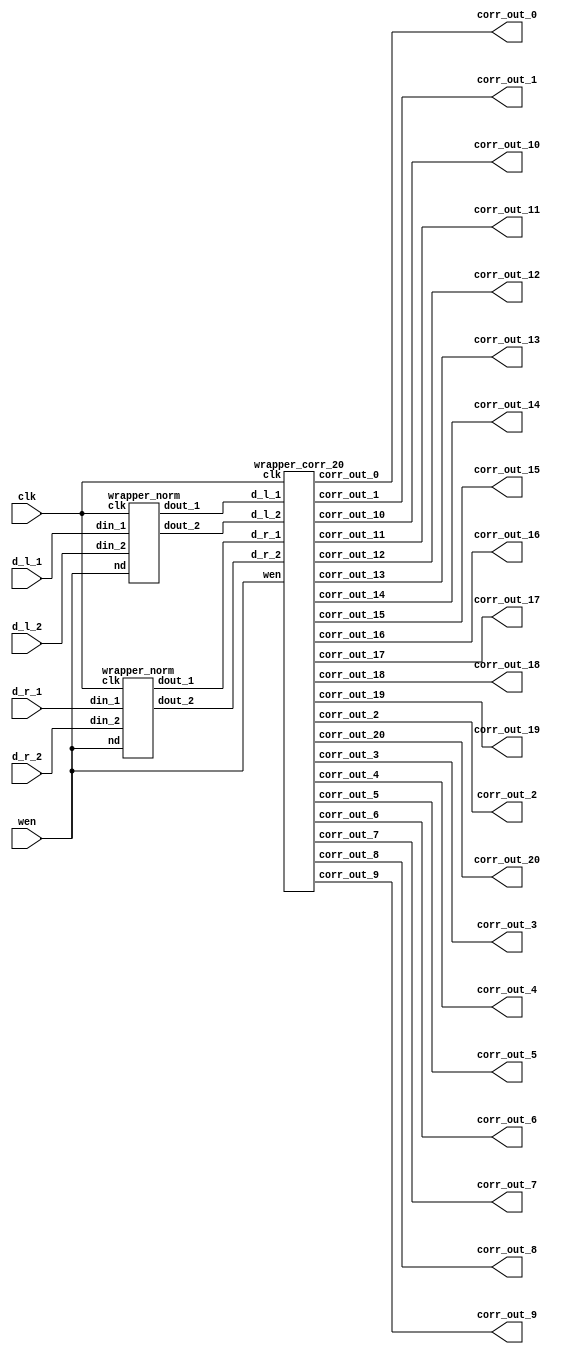

module wrapper_norm_corr_20 (clk, wen, d_l_1, d_l_2, d_r_1, d_r_2, corr_out_0, corr_out_1, corr_out_2, corr_out_3, corr_out_4, corr_out_5, corr_out_6, corr_out_7, corr_out_8, corr_out_9, corr_out_10, corr_out_11, corr_out_12, corr_out_13, corr_out_14, corr_out_15, corr_out_16, corr_out_17, corr_out_18, corr_out_19, corr_out_20);

   parameter sh_reg_w  = 4'b1000;
   input clk; 
   input wen; 
   input[15:0] d_l_1; 
   input[15:0] d_l_2; 
   input[15:0] d_r_1; 
   input[15:0] d_r_2; 
   output[2 * sh_reg_w - 1:0] corr_out_0; 
   wire[2 * sh_reg_w - 1:0] corr_out_0;
   output[2 * sh_reg_w - 1:0] corr_out_1; 
   wire[2 * sh_reg_w - 1:0] corr_out_1;
   output[2 * sh_reg_w - 1:0] corr_out_2; 
   wire[2 * sh_reg_w - 1:0] corr_out_2;
   output[2 * sh_reg_w - 1:0] corr_out_3; 
   wire[2 * sh_reg_w - 1:0] corr_out_3;
   output[2 * sh_reg_w - 1:0] corr_out_4; 
   wire[2 * sh_reg_w - 1:0] corr_out_4;
   output[2 * sh_reg_w - 1:0] corr_out_5; 
   wire[2 * sh_reg_w - 1:0] corr_out_5;
   output[2 * sh_reg_w - 1:0] corr_out_6; 
   wire[2 * sh_reg_w - 1:0] corr_out_6;
   output[2 * sh_reg_w - 1:0] corr_out_7; 
   wire[2 * sh_reg_w - 1:0] corr_out_7;
   output[2 * sh_reg_w - 1:0] corr_out_8; 
   wire[2 * sh_reg_w - 1:0] corr_out_8;
   output[2 * sh_reg_w - 1:0] corr_out_9; 
   wire[2 * sh_reg_w - 1:0] corr_out_9;
   output[2 * sh_reg_w - 1:0] corr_out_10; 
   wire[2 * sh_reg_w - 1:0] corr_out_10;
   output[2 * sh_reg_w - 1:0] corr_out_11; 
   wire[2 * sh_reg_w - 1:0] corr_out_11;
   output[2 * sh_reg_w - 1:0] corr_out_12; 
   wire[2 * sh_reg_w - 1:0] corr_out_12;
   output[2 * sh_reg_w - 1:0] corr_out_13; 
   wire[2 * sh_reg_w - 1:0] corr_out_13;
   output[2 * sh_reg_w - 1:0] corr_out_14; 
   wire[2 * sh_reg_w - 1:0] corr_out_14;
   output[2 * sh_reg_w - 1:0] corr_out_15; 
   wire[2 * sh_reg_w - 1:0] corr_out_15;
   output[2 * sh_reg_w - 1:0] corr_out_16; 
   wire[2 * sh_reg_w - 1:0] corr_out_16;
   output[2 * sh_reg_w - 1:0] corr_out_17; 
   wire[2 * sh_reg_w - 1:0] corr_out_17;
   output[2 * sh_reg_w - 1:0] corr_out_18; 
   wire[2 * sh_reg_w - 1:0] corr_out_18;
   output[2 * sh_reg_w - 1:0] corr_out_19; 
   wire[2 * sh_reg_w - 1:0] corr_out_19;
   output[2 * sh_reg_w - 1:0] corr_out_20; 
   wire[2 * sh_reg_w - 1:0] corr_out_20;

   wire[sh_reg_w - 1:0] d_l_1_nrm; 
   wire[sh_reg_w - 1:0] d_l_2_nrm; 
   wire[sh_reg_w - 1:0] d_r_1_nrm; 
   wire[sh_reg_w - 1:0] d_r_2_nrm; 

   wrapper_norm norm_inst_left(.clk(clk), .nd(wen), .din_1(d_l_1), .din_2(d_l_2), .dout_1(d_l_1_nrm), .dout_2(d_l_2_nrm)); 
   wrapper_norm  norm_inst_right(.clk(clk), .nd(wen), .din_1(d_r_1), .din_2(d_r_2), .dout_1(d_r_1_nrm), .dout_2(d_r_2_nrm)); 
   wrapper_corr_20 corr_20_inst(.clk(clk), .wen(wen), .d_l_1(d_l_1_nrm), .d_l_2(d_l_2_nrm), .d_r_1(d_r_1_nrm), .d_r_2(d_r_2_nrm), .corr_out_0(corr_out_0), .corr_out_1(corr_out_1), .corr_out_2(corr_out_2), .corr_out_3(corr_out_3), .corr_out_4(corr_out_4), .corr_out_5(corr_out_5), .corr_out_6(corr_out_6), .corr_out_7(corr_out_7), .corr_out_8(corr_out_8), .corr_out_9(corr_out_9), .corr_out_10(corr_out_10), .corr_out_11(corr_out_11), .corr_out_12(corr_out_12), .corr_out_13(corr_out_13), .corr_out_14(corr_out_14), .corr_out_15(corr_out_15), .corr_out_16(corr_out_16), .corr_out_17(corr_out_17), .corr_out_18(corr_out_18), .corr_out_19(corr_out_19), .corr_out_20(corr_out_20));
endmodule
module wrapper_corr_20 (clk, wen, d_l_1, d_l_2, d_r_1, d_r_2, corr_out_0, corr_out_1, corr_out_2, corr_out_3, corr_out_4, corr_out_5, corr_out_6, corr_out_7, corr_out_8, corr_out_9, corr_out_10, corr_out_11, corr_out_12, corr_out_13, corr_out_14, corr_out_15, corr_out_16, corr_out_17, corr_out_18, corr_out_19, corr_out_20);

   parameter sh_reg_w  = 4'b1000;
   input clk; 
   input wen; 
   input[7:0] d_l_1; 
   input[7:0] d_l_2; 
   input[7:0] d_r_1; 
   input[7:0] d_r_2; 
   output[2 * sh_reg_w - 1:0] corr_out_0; 
   reg[2 * sh_reg_w - 1:0] corr_out_0;
   output[2 * sh_reg_w - 1:0] corr_out_1; 
   reg[2 * sh_reg_w - 1:0] corr_out_1;
   output[2 * sh_reg_w - 1:0] corr_out_2; 
   reg[2 * sh_reg_w - 1:0] corr_out_2;
   output[2 * sh_reg_w - 1:0] corr_out_3; 
   reg[2 * sh_reg_w - 1:0] corr_out_3;
   output[2 * sh_reg_w - 1:0] corr_out_4; 
   reg[2 * sh_reg_w - 1:0] corr_out_4;
   output[2 * sh_reg_w - 1:0] corr_out_5; 
   reg[2 * sh_reg_w - 1:0] corr_out_5;
   output[2 * sh_reg_w - 1:0] corr_out_6; 
   reg[2 * sh_reg_w - 1:0] corr_out_6;
   output[2 * sh_reg_w - 1:0] corr_out_7; 
   reg[2 * sh_reg_w - 1:0] corr_out_7;
   output[2 * sh_reg_w - 1:0] corr_out_8; 
   reg[2 * sh_reg_w - 1:0] corr_out_8;
   output[2 * sh_reg_w - 1:0] corr_out_9; 
   reg[2 * sh_reg_w - 1:0] corr_out_9;
   output[2 * sh_reg_w - 1:0] corr_out_10; 
   reg[2 * sh_reg_w - 1:0] corr_out_10;
   output[2 * sh_reg_w - 1:0] corr_out_11; 
   reg[2 * sh_reg_w - 1:0] corr_out_11;
   output[2 * sh_reg_w - 1:0] corr_out_12; 
   reg[2 * sh_reg_w - 1:0] corr_out_12;
   output[2 * sh_reg_w - 1:0] corr_out_13; 
   reg[2 * sh_reg_w - 1:0] corr_out_13;
   output[2 * sh_reg_w - 1:0] corr_out_14; 
   reg[2 * sh_reg_w - 1:0] corr_out_14;
   output[2 * sh_reg_w - 1:0] corr_out_15; 
   reg[2 * sh_reg_w - 1:0] corr_out_15;
   output[2 * sh_reg_w - 1:0] corr_out_16; 
   reg[2 * sh_reg_w - 1:0] corr_out_16;
   output[2 * sh_reg_w - 1:0] corr_out_17; 
   reg[2 * sh_reg_w - 1:0] corr_out_17;
   output[2 * sh_reg_w - 1:0] corr_out_18; 
   reg[2 * sh_reg_w - 1:0] corr_out_18;
   output[2 * sh_reg_w - 1:0] corr_out_19; 
   reg[2 * sh_reg_w - 1:0] corr_out_19;
   output[2 * sh_reg_w - 1:0] corr_out_20; 
   reg[2 * sh_reg_w - 1:0] corr_out_20;

   wire[sh_reg_w - 1:0] out_r1; 
   wire[sh_reg_w - 1:0] out_01; 

   wire[sh_reg_w - 1:0] out_11; 
   wire[sh_reg_w - 1:0] out_21; 
   wire[sh_reg_w - 1:0] out_31; 
   wire[sh_reg_w - 1:0] out_41; 
   wire[sh_reg_w - 1:0] out_51; 
   wire[sh_reg_w - 1:0] out_61; 
   wire[sh_reg_w - 1:0] out_71; 
   wire[sh_reg_w - 1:0] out_81; 
   wire[sh_reg_w - 1:0] out_91; 
   wire[sh_reg_w - 1:0] out_101; 
   wire[sh_reg_w - 1:0] out_111; 
   wire[sh_reg_w - 1:0] out_121; 
   wire[sh_reg_w - 1:0] out_131; 
   wire[sh_reg_w - 1:0] out_141; 
   wire[sh_reg_w - 1:0] out_151; 
   wire[sh_reg_w - 1:0] out_161; 
   wire[sh_reg_w - 1:0] out_171; 
   wire[sh_reg_w - 1:0] out_181; 
   wire[sh_reg_w - 1:0] out_191; 
   wire[sh_reg_w - 1:0] out_201; 
   wire[sh_reg_w - 1:0] out_r2; 
   wire[sh_reg_w - 1:0] out_02; 
   wire[sh_reg_w - 1:0] out_12; 
   wire[sh_reg_w - 1:0] out_22; 
   wire[sh_reg_w - 1:0] out_32; 
   wire[sh_reg_w - 1:0] out_42; 
   wire[sh_reg_w - 1:0] out_52; 
   wire[sh_reg_w - 1:0] out_62; 
   wire[sh_reg_w - 1:0] out_72; 
   wire[sh_reg_w - 1:0] out_82; 
   wire[sh_reg_w - 1:0] out_92; 
   wire[sh_reg_w - 1:0] out_102; 
   wire[sh_reg_w - 1:0] out_112; 
   wire[sh_reg_w - 1:0] out_122; 
   wire[sh_reg_w - 1:0] out_132; 
   wire[sh_reg_w - 1:0] out_142; 
   wire[sh_reg_w - 1:0] out_152; 
   wire[sh_reg_w - 1:0] out_162; 
   wire[sh_reg_w - 1:0] out_172; 
   wire[sh_reg_w - 1:0] out_182; 
   wire[sh_reg_w - 1:0] out_192; 
   wire[sh_reg_w - 1:0] out_202; 
   wire[2 * sh_reg_w - 1:0] corr_out_0_tmp; 
   wire[2 * sh_reg_w - 1:0] corr_out_1_tmp; 
   wire[2 * sh_reg_w - 1:0] corr_out_2_tmp; 
   wire[2 * sh_reg_w - 1:0] corr_out_3_tmp; 
   wire[2 * sh_reg_w - 1:0] corr_out_4_tmp; 
   wire[2 * sh_reg_w - 1:0] corr_out_5_tmp; 
   wire[2 * sh_reg_w - 1:0] corr_out_6_tmp; 
   wire[2 * sh_reg_w - 1:0] corr_out_7_tmp; 
   wire[2 * sh_reg_w - 1:0] corr_out_8_tmp; 
   wire[2 * sh_reg_w - 1:0] corr_out_9_tmp; 
   wire[2 * sh_reg_w - 1:0] corr_out_10_tmp; 
   wire[2 * sh_reg_w - 1:0] corr_out_11_tmp; 
   wire[2 * sh_reg_w - 1:0] corr_out_12_tmp; 
   wire[2 * sh_reg_w - 1:0] corr_out_13_tmp; 
   wire[2 * sh_reg_w - 1:0] corr_out_14_tmp; 
   wire[2 * sh_reg_w - 1:0] corr_out_15_tmp; 
   wire[2 * sh_reg_w - 1:0] corr_out_16_tmp; 
   wire[2 * sh_reg_w - 1:0] corr_out_17_tmp; 
   wire[2 * sh_reg_w - 1:0] corr_out_18_tmp; 
   wire[2 * sh_reg_w - 1:0] corr_out_19_tmp; 
   wire[2 * sh_reg_w - 1:0] corr_out_20_tmp; 

   sh_reg  inst_sh_reg_r_1(clk, wen, d_r_1, d_r_2, out_r1, out_r2); 
   sh_reg  inst_sh_reg_0(clk, wen, d_l_1, d_l_2, out_01, out_02); 
   sh_reg  inst_sh_reg_1(clk, wen, out_01, out_02, out_11, out_12); 
   sh_reg  inst_sh_reg_2(clk, wen, out_11, out_12, out_21, out_22); 
   sh_reg  inst_sh_reg_3(clk, wen, out_21, out_22, out_31, out_32); 
   sh_reg  inst_sh_reg_4(clk, wen, out_31, out_32, out_41, out_42); 
   sh_reg  inst_sh_reg_5(clk, wen, out_41, out_42, out_51, out_52); 
   sh_reg  inst_sh_reg_6(clk, wen, out_51, out_52, out_61, out_62); 
   sh_reg  inst_sh_reg_7(clk, wen, out_61, out_62, out_71, out_72); 
   sh_reg  inst_sh_reg_8(clk, wen, out_71, out_72, out_81, out_82); 
   sh_reg  inst_sh_reg_9(clk, wen, out_81, out_82, out_91, out_92); 
   sh_reg  inst_sh_reg_10(clk, wen, out_91, out_92, out_101, out_102); 
   sh_reg  inst_sh_reg_11(clk, wen, out_101, out_102, out_111, out_112); 
   sh_reg  inst_sh_reg_12(clk, wen, out_111, out_112, out_121, out_122); 
   sh_reg  inst_sh_reg_13(clk, wen, out_121, out_122, out_131, out_132); 
   sh_reg  inst_sh_reg_14(clk, wen, out_131, out_132, out_141, out_142); 
   sh_reg  inst_sh_reg_15(clk, wen, out_141, out_142, out_151, out_152); 
   sh_reg  inst_sh_reg_16(clk, wen, out_151, out_152, out_161, out_162); 
   sh_reg  inst_sh_reg_17(clk, wen, out_161, out_162, out_171, out_172); 
   sh_reg  inst_sh_reg_18(clk, wen, out_171, out_172, out_181, out_182); 
   sh_reg  inst_sh_reg_19(clk, wen, out_181, out_182, out_191, out_192); 
   sh_reg  inst_sh_reg_20(clk, wen, out_191, out_192, out_201, out_202); 
   corr  inst_corr_0(clk, wen, out_01, out_02, out_r1, out_r2, corr_out_0_tmp); 
   corr  inst_corr_1(clk, wen, out_11, out_12, out_r1, out_r2, corr_out_1_tmp); 
   corr  inst_corr_2(clk, wen, out_21, out_22, out_r1, out_r2, corr_out_2_tmp); 
   corr  inst_corr_3(clk, wen, out_31, out_32, out_r1, out_r2, corr_out_3_tmp); 
   corr  inst_corr_4(clk, wen, out_41, out_42, out_r1, out_r2, corr_out_4_tmp); 
   corr  inst_corr_5(clk, wen, out_51, out_52, out_r1, out_r2, corr_out_5_tmp); 
   corr  inst_corr_6(clk, wen, out_61, out_62, out_r1, out_r2, corr_out_6_tmp); 
   corr  inst_corr_7(clk, wen, out_71, out_72, out_r1, out_r2, corr_out_7_tmp); 
   corr  inst_corr_8(clk, wen, out_81, out_82, out_r1, out_r2, corr_out_8_tmp); 
   corr  inst_corr_9(clk, wen, out_91, out_92, out_r1, out_r2, corr_out_9_tmp); 
   corr  inst_corr_10(clk, wen, out_101, out_102, out_r1, out_r2, corr_out_10_tmp); 
   corr  inst_corr_11(clk, wen, out_111, out_112, out_r1, out_r2, corr_out_11_tmp); 
   corr  inst_corr_12(clk, wen, out_121, out_122, out_r1, out_r2, corr_out_12_tmp); 
   corr  inst_corr_13(clk, wen, out_131, out_132, out_r1, out_r2, corr_out_13_tmp); 
   corr  inst_corr_14(clk, wen, out_141, out_142, out_r1, out_r2, corr_out_14_tmp); 
   corr  inst_corr_15(clk, wen, out_151, out_152, out_r1, out_r2, corr_out_15_tmp); 
   corr  inst_corr_16(clk, wen, out_161, out_162, out_r1, out_r2, corr_out_16_tmp); 
   corr  inst_corr_17(clk, wen, out_171, out_172, out_r1, out_r2, corr_out_17_tmp); 
   corr  inst_corr_18(clk, wen, out_181, out_182, out_r1, out_r2, corr_out_18_tmp); 
   corr  inst_corr_19(clk, wen, out_191, out_192, out_r1, out_r2, corr_out_19_tmp); 
   corr  inst_corr_20(clk, wen, out_201, out_202, out_r1, out_r2, corr_out_20_tmp); 

   always @(posedge clk)
   begin
      if (wen == 1'b1)
         begin
            corr_out_0 <= corr_out_0_tmp ; 
            corr_out_1 <= corr_out_1_tmp ; 
            corr_out_2 <= corr_out_2_tmp ; 
            corr_out_3 <= corr_out_3_tmp ; 
            corr_out_4 <= corr_out_4_tmp ; 
            corr_out_5 <= corr_out_5_tmp ; 
            corr_out_6 <= corr_out_6_tmp ; 
            corr_out_7 <= corr_out_7_tmp ; 
            corr_out_8 <= corr_out_8_tmp ; 
            corr_out_9 <= corr_out_9_tmp ; 
            corr_out_10 <= corr_out_10_tmp ; 
            corr_out_11 <= corr_out_11_tmp ; 
            corr_out_12 <= corr_out_12_tmp ; 
            corr_out_13 <= corr_out_13_tmp ; 
            corr_out_14 <= corr_out_14_tmp ; 
            corr_out_15 <= corr_out_15_tmp ; 
            corr_out_16 <= corr_out_16_tmp ; 
            corr_out_17 <= corr_out_17_tmp ; 
            corr_out_18 <= corr_out_18_tmp ; 
            corr_out_19 <= corr_out_19_tmp ; 
            corr_out_20 <= corr_out_20_tmp ; 
         end 
         else
         begin
            corr_out_0 <= corr_out_0; 
            corr_out_1 <= corr_out_1; 
            corr_out_2 <= corr_out_2; 
            corr_out_3 <= corr_out_3; 
            corr_out_4 <= corr_out_4; 
            corr_out_5 <= corr_out_5; 
            corr_out_6 <= corr_out_6; 
            corr_out_7 <= corr_out_7; 
            corr_out_8 <= corr_out_8; 
            corr_out_9 <= corr_out_9; 
            corr_out_10 <= corr_out_10; 
            corr_out_11 <= corr_out_11; 
            corr_out_12 <= corr_out_12; 
            corr_out_13 <= corr_out_13; 
            corr_out_14 <= corr_out_14; 
            corr_out_15 <= corr_out_15; 
            corr_out_16 <= corr_out_16; 
            corr_out_17 <= corr_out_17; 
            corr_out_18 <= corr_out_18; 
            corr_out_19 <= corr_out_19; 
            corr_out_20 <= corr_out_20; 
         end 
   end 
endmodule

module corr (clk, new_data, in_l_re, in_l_im, in_r_re, in_r_im, corr_out);

    parameter sh_reg_w  = 4'b1000;
    input clk; 
    input new_data; 
    input[sh_reg_w - 1:0] in_l_re; 
    input[sh_reg_w - 1:0] in_l_im; 
    input[sh_reg_w - 1:0] in_r_re; 
    input[sh_reg_w - 1:0] in_r_im; 
    output[2 * sh_reg_w - 1:0] corr_out; 
    reg[2 * sh_reg_w - 1:0] corr_out;
    wire[sh_reg_w - 1:0] in_l_re_reg; 
    wire[sh_reg_w - 1:0] in_l_im_reg; 
    wire[sh_reg_w - 1:0] in_r_re_reg; 
    wire[sh_reg_w - 1:0] in_r_im_reg; 
    reg[2 * sh_reg_w - 1:0] lrexrre_reg; 
    reg[2 * sh_reg_w - 1:0] limxrim_reg; 
    reg[2 * sh_reg_w - 1:0] corr_out_tmp; 

    always @(posedge clk)
    begin
			// PAJ - edf xilinx files converted to multiply 
			lrexrre_reg <= in_l_re * in_r_re;
			limxrim_reg <= in_l_im * in_r_im;

          if (new_data == 1'b1)
          begin
             corr_out <= corr_out_tmp ; 
          end 
          else
          begin
             corr_out <= corr_out; 
          end 
          corr_out_tmp <= lrexrre_reg + limxrim_reg ; 
    end 
 endmodule

module sh_reg (clk, wen, din_1, din_2, dout_1, dout_2);

   parameter sh_reg_w  = 4'b1000;
   input clk; 
   input wen; 
   input[sh_reg_w - 1:0] din_1; 
   input[sh_reg_w - 1:0] din_2; 
   output[sh_reg_w - 1:0] dout_1; 
   reg[sh_reg_w - 1:0] dout_1;
   output[sh_reg_w - 1:0] dout_2; 
   reg[sh_reg_w - 1:0] dout_2;

   always @(posedge clk)
   begin
         if (wen == 1'b1)
         begin
            dout_1 <= din_1 ; 
            dout_2 <= din_2 ; 
         end 
		else
		begin
            dout_1 <= dout_1 ; 
            dout_2 <= dout_2 ; 
		end
   end 
endmodule

module wrapper_norm (clk, nd, din_1, din_2, dout_1, dout_2);

   parameter sh_reg_w  = 4'b1000;
   input clk; 
   input nd; 
   input[15:0] din_1; 
   input[15:0] din_2; 
   output[sh_reg_w - 1:0] dout_1; 
   wire[sh_reg_w - 1:0] dout_1;
   output[sh_reg_w - 1:0] dout_2; 
   wire[sh_reg_w - 1:0] dout_2;

   reg[15:0] din_1_reg; 
   reg[15:0] din_2_reg; 
   reg[15:0] din_1_tmp1; 
   reg[15:0] din_2_tmp1; 
   reg[15:0] din_1_tmp2; 
   reg[15:0] din_2_tmp2; 
   reg[15:0] addin_1; 
   reg[15:0] addin_2; 
   reg[16:0] add_out; 

   my_wrapper_divider my_div_inst_1 (nd, clk, din_1_tmp2, add_out, dout_1); 
   my_wrapper_divider my_div_inst_2 (nd, clk, din_2_tmp2, add_out, dout_2); 

   always @(posedge clk)
   begin
         if (nd == 1'b1)
         begin
            din_1_reg <= din_1 ; 
            din_2_reg <= din_2 ; 
         end 
         else
         begin
            din_1_reg <= din_1_reg ; 
            din_2_reg <= din_2_reg; 
         end 
         din_1_tmp1 <= din_1_reg ; 
         din_1_tmp2 <= din_1_tmp1 ; 
         din_2_tmp1 <= din_2_reg ; 
         din_2_tmp2 <= din_2_tmp1 ; 
         if ((din_1_reg[15]) == 1'b0)
         begin
            addin_1 <= din_1_reg ; 
         end
         else
         begin
            addin_1 <= 16'b0000000000000000 - din_1_reg ; 
         end 
         if ((din_2_reg[15]) == 1'b0)
         begin
            addin_2 <= din_2_reg + 16'b0000000000000001 ; 
         end
         else
         begin
            addin_2 <= 16'b0000000000000001 - din_2_reg ; 
         end 
         add_out <= ({addin_1[15], addin_1}) + ({addin_2[15], addin_2}) ; 
   end 
endmodule

module my_wrapper_divider(rst, clk, data_in_a, data_in_b, data_out);
	parameter INPUT_WIDTH_A = 5'b10000;
	parameter INPUT_WIDTH_B = 5'b10001;
	parameter OUTPUT_WIDTH = 4'b1000;

	parameter S1 = 2'b00;
	parameter S2 = 2'b01;
	parameter S3 = 2'b10;
	parameter S4 = 2'b11;

	input rst;
	input clk;
	input [INPUT_WIDTH_A-1:0]data_in_a;
	input [INPUT_WIDTH_B-1:0]data_in_b;
	output [OUTPUT_WIDTH-1:0]data_out;
	wire [OUTPUT_WIDTH-1:0]data_out;

	wire [OUTPUT_WIDTH-1:0]Remainder;

	reg start, LA, EB;
	wire Done;
	reg[1:0] y, Y;

	my_divider my_divider_inst(clk, rst, start, LA, EB, data_in_a, data_in_b, Remainder, data_out, Done);

	always @(posedge clk)
	begin
		if (rst == 0)
			y <= S1;
		else
			y <= Y;
	end

	always @(y)
	begin
		case (y)
			S1 :
			begin	
				LA = 0;
				EB = 0;
				start = 0;
				Y = S2;
			end
			S2 : 
			begin
				LA = 1;
				EB = 1;
				start = 0;
				Y = S3;
			end
			S3 : 
			begin
				LA = 0;
				EB = 0;
				start = 1;
				Y = S4;
			end
			S4 : 
			begin
				LA = 0;
				EB = 0;
				start = 0;
				if (Done == 1'b1)
				begin
					Y = S1;
				end
				else
				begin
					Y = S4;
				end
			end
		endcase
	end
endmodule
module my_divider(clk, rst, start, LA, EB, data_in_a, data_in_b, Remainder, data_out, Done);

	parameter INPUT_WIDTH_A = 5'b10000;
	parameter INPUT_WIDTH_B = 5'b10001;
	parameter OUTPUT_WIDTH = 4'b1000;
	parameter LOGN = 3'b100;

	parameter S1 = 2'b00;
	parameter S2 = 2'b01;
	parameter S3 = 2'b10;

	input clk;
	input [INPUT_WIDTH_A-1:0]data_in_a;
	input [INPUT_WIDTH_B-1:0]data_in_b;
	input rst;
	input start;
	input LA;
	input EB;
	output [OUTPUT_WIDTH-1:0]data_out;
	wire [OUTPUT_WIDTH-1:0]data_out;
	output [OUTPUT_WIDTH-1:0]Remainder;
	reg [OUTPUT_WIDTH-1:0]Remainder;
	output Done;
	reg Done;

	wire Cout, zero;
	wire [INPUT_WIDTH_A-1:0] Sum;
	reg [1:0] y, Y;
	reg [LOGN-1:0] Count;
	reg EA, Rsel, LR, ER, ER0, LC, EC;
	reg [INPUT_WIDTH_B-1:0] RegB;
	reg [INPUT_WIDTH_A-1:0] DataA;
	reg ff0;

	always @(start or y or zero)
	begin
		case(y)
			S1:
			begin
				if (start == 0)
					Y = S1;
				else
					Y = S2;
			end
			S2:
			begin
				if (zero == 0)
					Y = S2;
				else
					Y = S3;
			end
			S3:
			begin
				if (start == 1)
					Y = S3;
				else
					Y = S1;
			end
			default:
			begin
				Y = 2'b00;
			end
		endcase
	end

	always @(posedge clk)
	begin
		if (rst == 0)
			y <= S1;
		else
			y <= Y;
	end

	always @(y or start or Cout or zero)
	begin
		case (y)
			S1:
			begin
				LC = 1;
				ER = 1;
				EC = 0;
				Rsel = 0;
				Done = 0;
				if (start == 0)
				begin
					LR = 1;
					ER0 = 1;
					EA = 0;
				end	
				else
				begin
					LR = 0; 
					EA = 1;
					ER0 = 1;
				end
			end
			S2:
			begin
				LC = 0;
				ER = 1;
				Rsel = 1;	
				Done = 0;
				ER0 = 1;
				EA = 1;
				if (Cout)
					LR = 1;
				else
					LR = 0;
				if (zero == 0)
					EC = 1;
				else
					EC = 0;
			end
			S3:
			begin
				Done = 1;
				LR = 0;
				LC = 0;
				ER = 0;
				EC = 0;
				Rsel = 0;
				ER0 = 0;
				EA = 0;
			end
			default:
			begin
				Done = 0;
				LR = 0;
				LC = 0;
				ER = 0;
				EC = 0;
				Rsel = 0;
				ER0 = 0;
				EA = 0;
			end
		endcase
	end	

	always @(posedge clk)
	begin
		if (rst == 1)
		begin
			RegB <= 0;
			Remainder <= 0;
			DataA <= 0;
			ff0 <= 0;
			Count <= 0;
		end	
		else
		begin
			if (EB == 1)
			begin
				RegB <= data_in_b;
			end
			else
			begin
				RegB <= RegB;
			end

			if (LR == 1)
			begin
				Remainder <= Rsel ? Sum : 0;
			end
			else if (ER == 1)
			begin
				Remainder <= (Remainder << 1) | ff0;
			end
			else
			begin
				Remainder <= Remainder;
			end

			if (LA == 1)
			begin
				DataA <= data_in_a;
			end
			else if (EA == 1)
			begin
				DataA <= (DataA << 1) | Cout;
			end
			else
			begin
				DataA <= DataA;
			end

			if (ER0 == 1)
			begin
				ff0 <=  DataA[INPUT_WIDTH_A-1];
			end
			else
			begin
				ff0 <= 0;
			end

			if (LC == 1)
			begin
				Count <= 0;
			end
			else if (EC == 1)
			begin
				Count <= Count + 1;
			end
			else
			begin
				Count <= Count;
			end
		end
	end	

	assign zero = (Count == 0);
	assign Sum = {Remainder, ff0} + (~RegB + 1);
	assign Cout = Sum[INPUT_WIDTH_A-1:0];
	assign data_out = DataA; 

endmodule